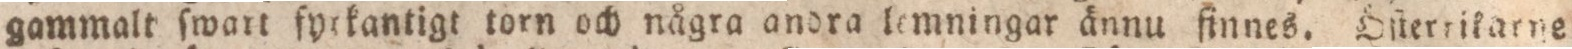
gammalt ſwart fyckantigt torn och några andra lemningar ännu finnes. Öſterrikarne